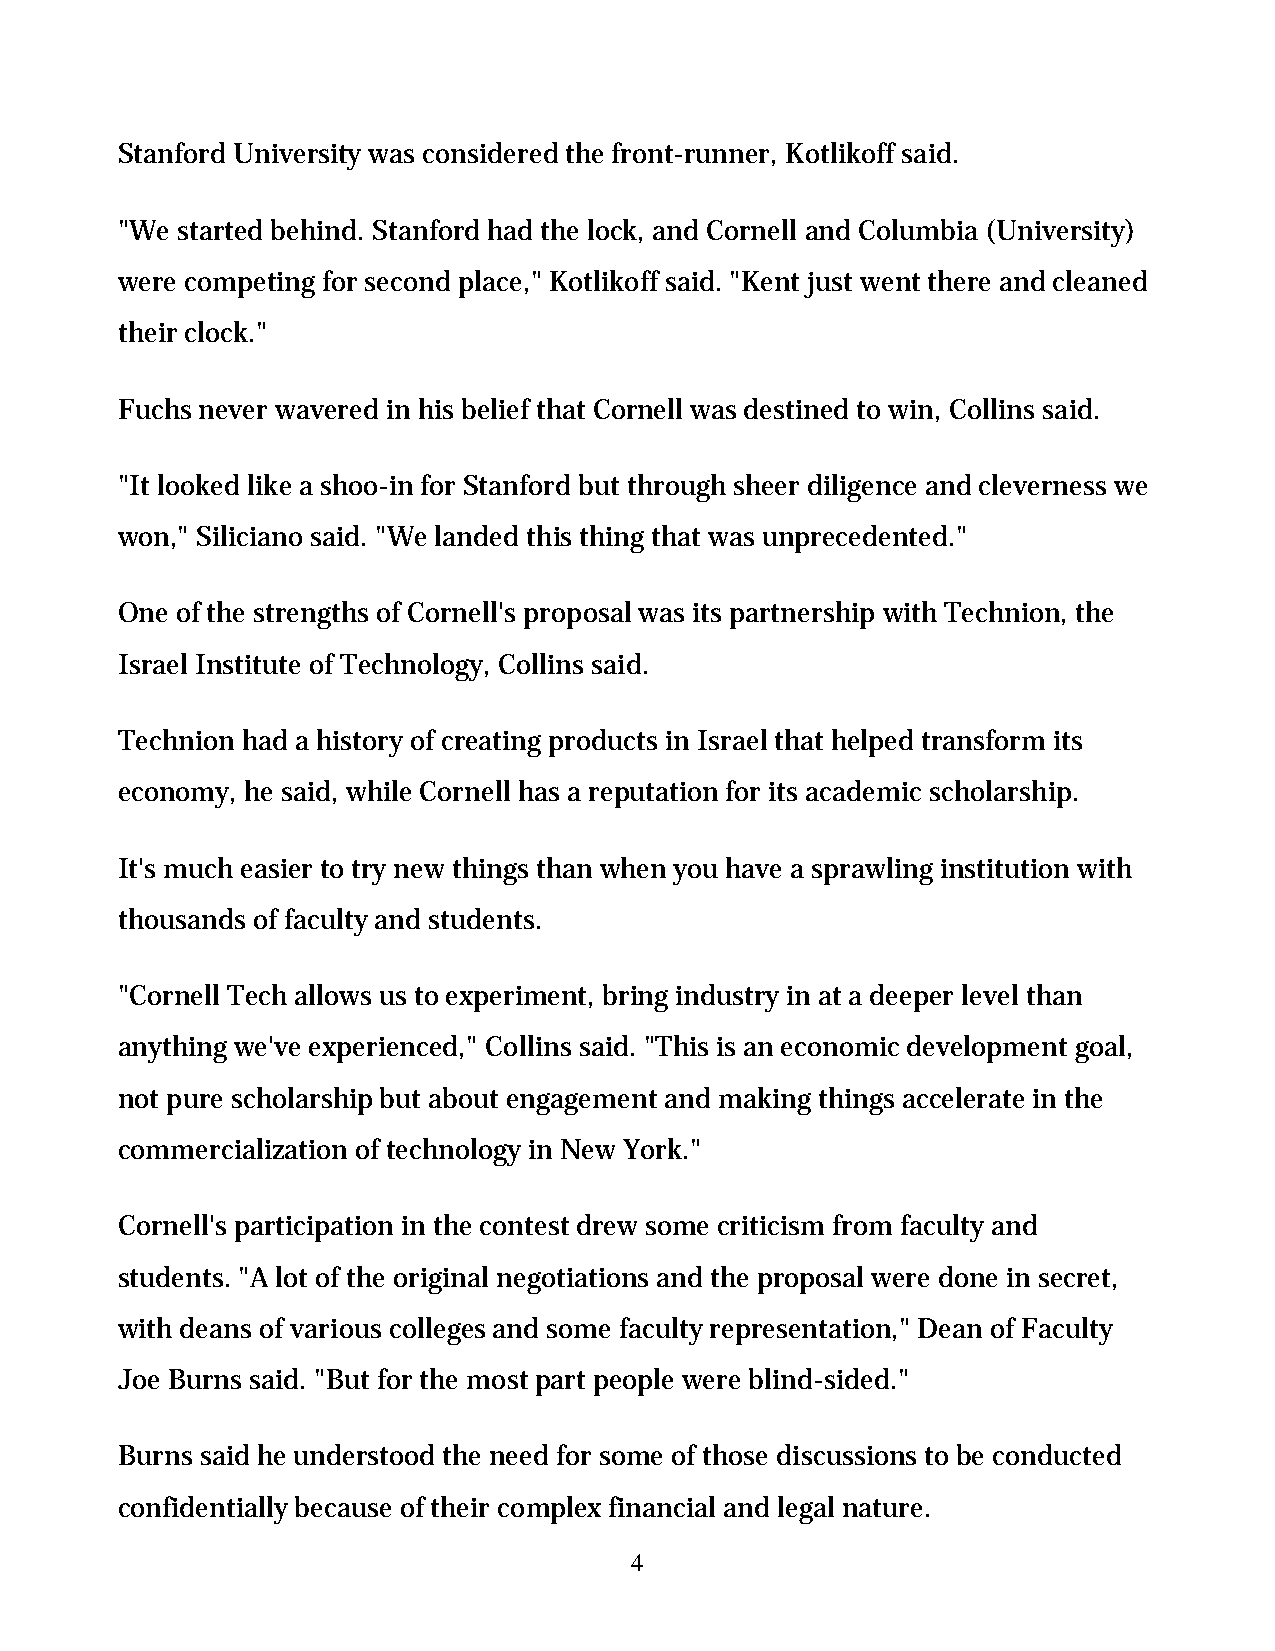
Stanford University was considered the front-runner, Kotlikoff said.
 "We started behind. Stanford had the lock, and Cornell and Columbia (University)
 were competing for second place," Kotlikoff said. "Kent just went there and cleaned
 their clock."
 Fuchs never wavered in his belief that Cornell was destined to win, Collins said.
 "It looked like a shoo-in for Stanford but through sheer diligence and cleverness we
 won," Siliciano said. "We landed this thing that was unprecedented."
 One of the strengths of Cornell's proposal was its partnership with Technion, the
 Israel Institute of Technology, Collins said.
 Technion had a history of creating products in Israel that helped transform its
 economy, he said, while Cornell has a reputation for its academic scholarship.
 It's much easier to try new things than when you have a sprawling institution with
 thousands of faculty and students.
 "Cornell Tech allows us to experiment, bring industry in at a deeper level than
 anything we've experienced," Collins said. "This is an economic development goal,
 not pure scholarship but about engagement and making things accelerate in the
 commercialization of technology in New York."
 Cornell's participation in the contest drew some criticism from faculty and
 students. "A lot of the original negotiations and the proposal were done in secret,
 with deans of various colleges and some faculty representation," Dean of Faculty
 Joe Burns said. "But for the most part people were blind-sided."
 Burns said he understood the need for some of those discussions to be conducted
 confidentially because of their complex financial and legal nature.
 4